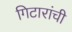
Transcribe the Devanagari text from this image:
गिटारांची